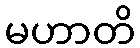
မဟာတိ